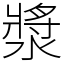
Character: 漿